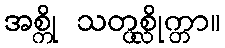
အစ္ကို သတ္ပစ္လိုက္တာ။